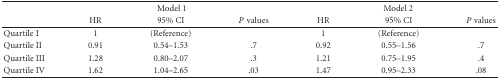
|  | <COLSPAN=3> Model 1 | <COLSPAN=3> Model 2 |
 |  | HR | 95% CI | P values | HR | 95% CI | P values |
 | --- | --- | --- | --- | --- | --- | --- |
 | Quartile I | 1 | (Reference) |  | 1 | (Reference) |  |
 | Quartile II | 0.91 | 0.54–1.53 | .7 | 0.92 | 0.55–1.56 | .7 |
 | Quartile III | 1.28 | 0.80–2.07 | .3 | 1.21 | 0.75–1.95 | .4 |
 | Quartile IV | 1.62 | 1.04–2.65 | .03 | 1.47 | 0.95–2.33 | .08 |